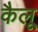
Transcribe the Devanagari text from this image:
कैलू